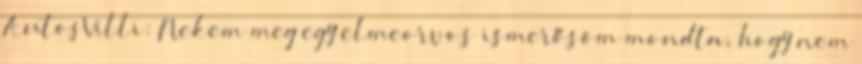
AutosVilli: Nekem meg egy elmeorvos ismerősöm mondta, hogy nem